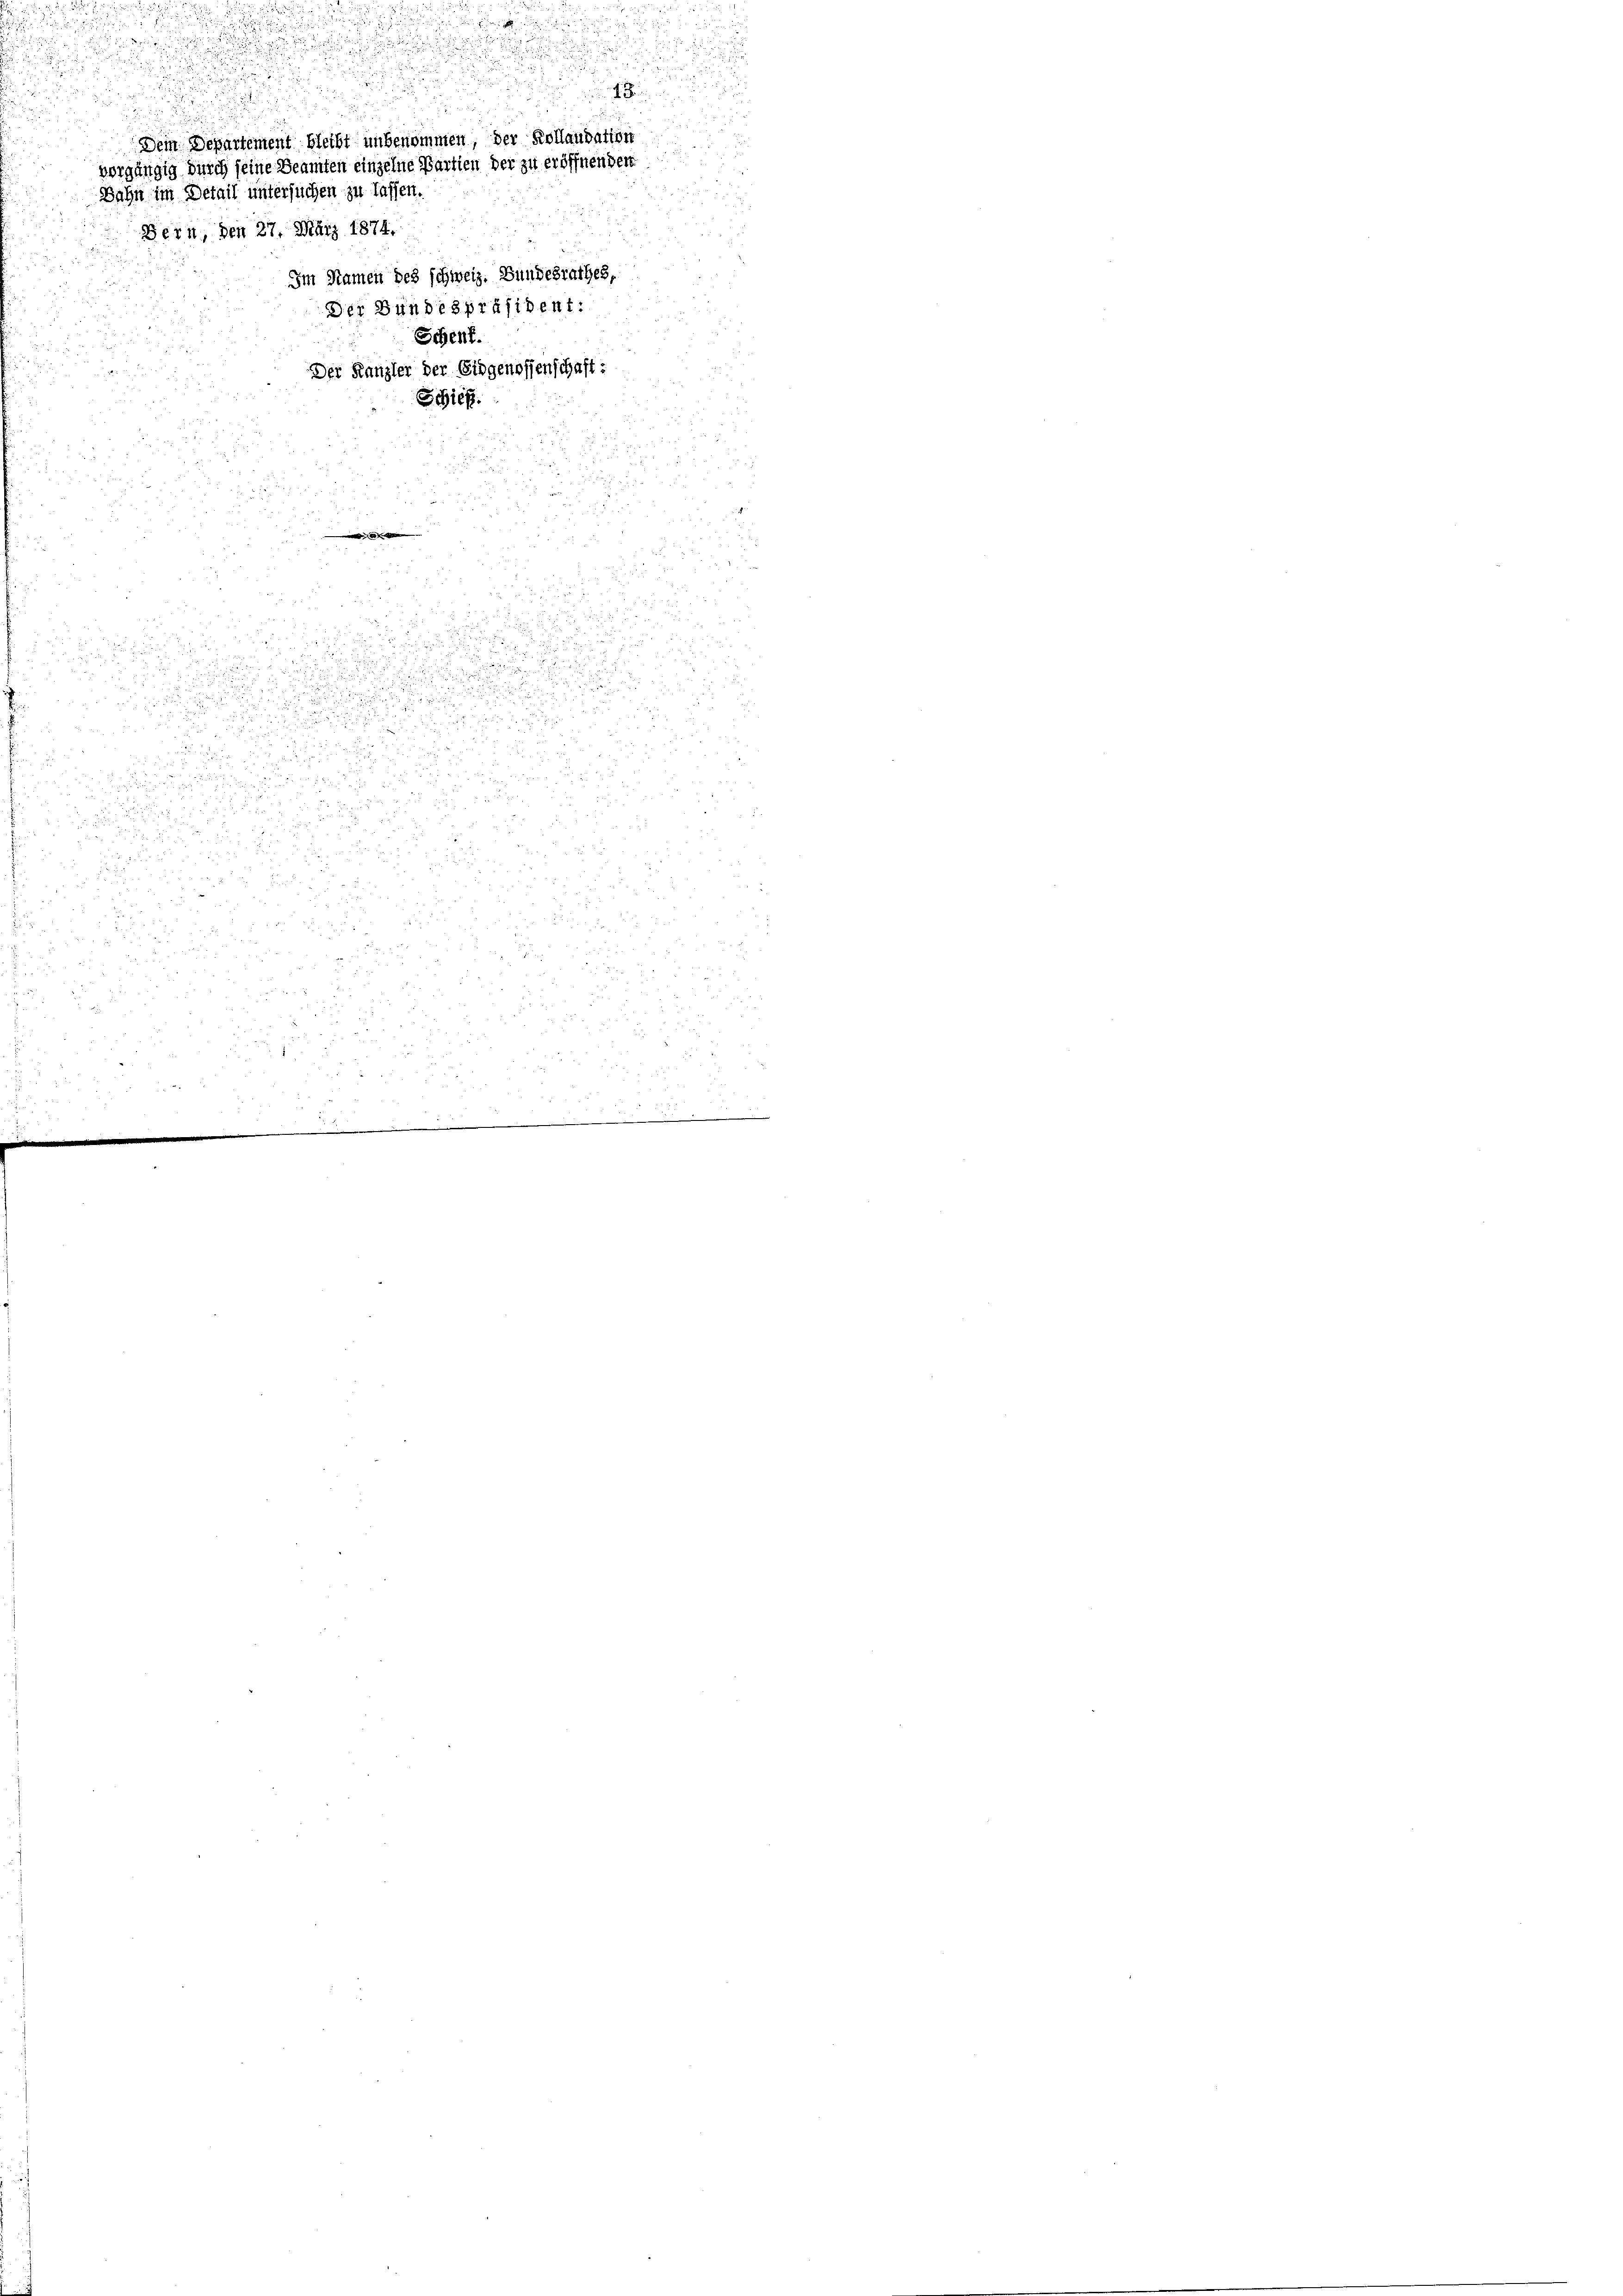
d

u
d
Eigen und

Dem Departement bleibt unbenommen, der Kollaudation
vorgängig durch seine Beamten einzelne Partien der zu eröffnenden
Bahn im Detail untersuchen zu lassen.
Bern, den 27. März 1874.
Im Namen des schweiz. Bundesrathes,
Der Bundespräsident:

i

Schent.
Der Kanzler der Eidgenossenschaft:
Schieh

.
22

i
2

d

e